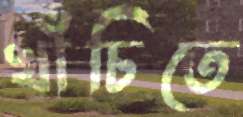
খাঁচিতে